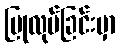
ပြုလုပ်ခြင်းမှာ